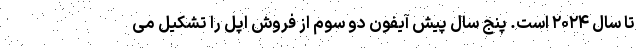
تا سال ۲۰۲۴ است. پنج سال پیش آیفون دو سوم از فروش اپل را تشکیل می